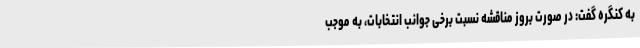
به کنگره گفت: در صورت بروز مناقشه نسبت برخی جوانب انتخابات، به موجب